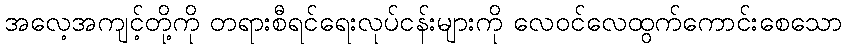
အလေ့အကျင့်တို့ကို တရားစီရင်ရေးလုပ်ငန်းများကို လေဝင်လေထွက်ကောင်းစေသော